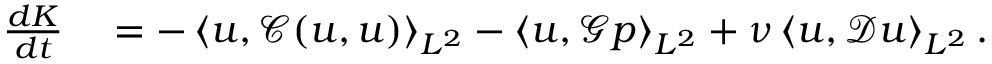
\begin{array} { r l } { \frac { d K } { d t } } & { { } = - \left< \boldsymbol { u } , \mathcal { C } ( \boldsymbol { u } , \boldsymbol { u } ) \right> _ { L ^ { 2 } } - \left< \boldsymbol { u } , \mathcal { G } p \right> _ { L ^ { 2 } } + \nu \left< \boldsymbol { u } , \mathcal { D } \boldsymbol { u } \right> _ { L ^ { 2 } } . } \end{array}